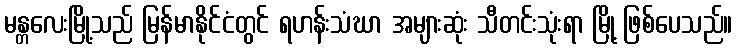
မန္တလေးမြို့သည် မြန်မာနိုင်ငံတွင် ရဟန်းသံဃာ အများဆုံး သီတင်းသုံးရာ မြို့ ဖြစ်ပေသည်။